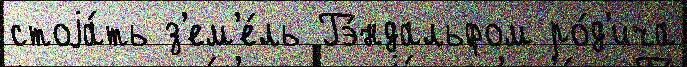
стоjа́ть з'ем'е́ль Гэ́ндальфом ро́д'ича